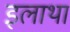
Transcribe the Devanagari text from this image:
इलाथा